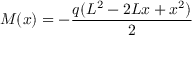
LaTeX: M ( x ) = - { \frac { q ( L ^ { 2 } - 2 L x + x ^ { 2 } ) } { 2 } }